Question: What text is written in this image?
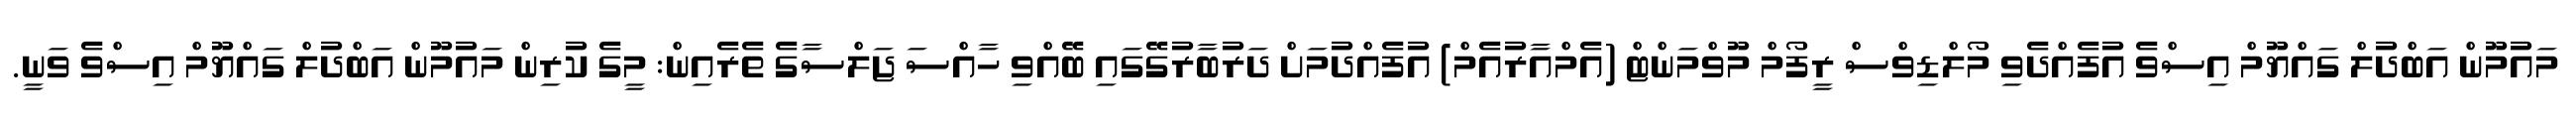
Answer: މައުމޫން އަބްދުލް ގައްޔޫމް އިސްވެ އުފެއްދެވި މޯލްޑިވްސް ރީފޯމް މޫވްމަންޓް (އެމްއާރުއެމް) އުފެއްދުމަށް ދަރުބާރުގޭގައި ބޭއްވި ހާއްސަ ޖަލްސާގެ ތެރެއިން: މީގެ ކުރިން މައުމޫން އަބްދުލް ގައްޔޫމް އިސްވެ ވަނީ.